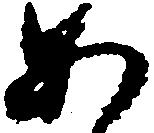
あ